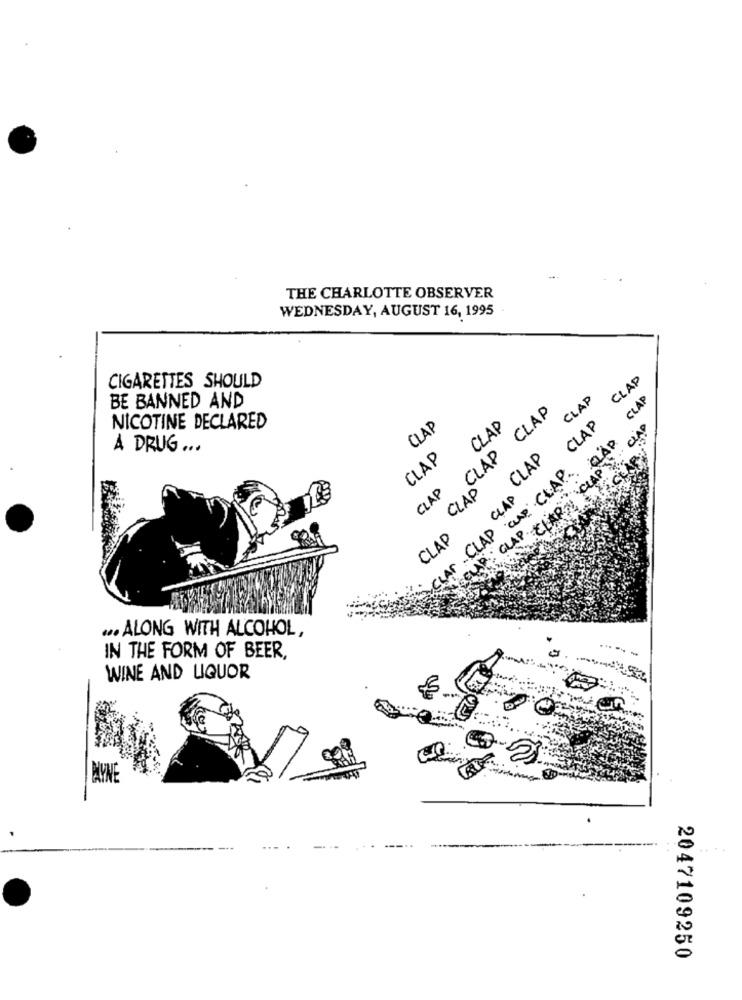
THE CHARLOTTE OBSERVER
WEDNESDAY, AUGUST 16, 1995
CLAP
CIGARETTES SHOULD
CLAP
CLAP
BE BANNED AND
CLAP CLAP
CLAP
CLAP
NICOTINE DECLARED
CLAP
ciAP
CLAP CLAP cup CLAP CLAP
A DRUG ...
CLAP CLAP
CLAP
YACEAE
GLAP. CHAR CLAP'S
CLAP
CLAP
CLAP
.. ALONG WITH ALCOHOL,
-
IN THE FORM OF BEER,
WINE AND LIQUOR
MYNE
2047109250